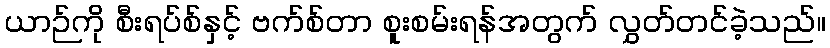
ယာဉ်ကို စီးရပ်စ်နှင့် ဗက်စ်တာ စူးစမ်းရန်အတွက် လွှတ်တင်ခဲ့သည်။